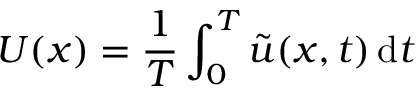
\boldsymbol { U } ( \boldsymbol { x } ) = \frac { 1 } { T } \int _ { 0 } ^ { T } \boldsymbol { \Tilde { u } } ( \boldsymbol { x } , t ) \, \mathrm { d } t